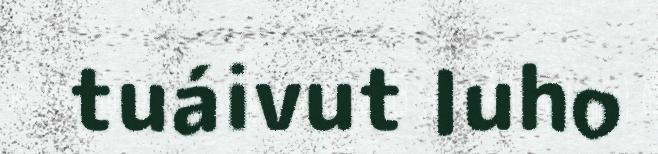
tuáivut luho